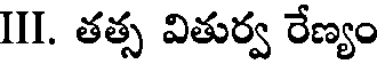
III. తత్స వితుర్వ రేణ్యం